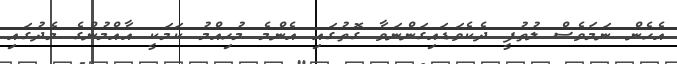
އެހެން ނަމަވެސް ލުތުފީ ދެކެވަޑައިގަންނަވާ ގޮތުގައި އެންމެ މުހިއްމު ކަމަކީ އާއްމުންގެ މެދުގައި